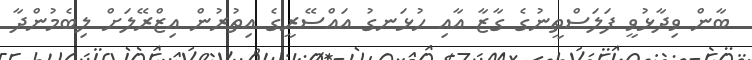
ބާން ވިދާޅުވީ ފަލަސްތީނުގެ ގާޒާ އާއި ހުޅަނގު އައްސޭރީގެ އިތުރުން އިޒްރޭލަށް ލިބެމުންދާ